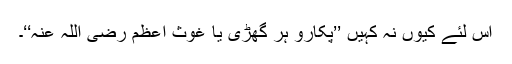
اس لئے کیوں نہ کہیں ’’پکارو ہر گھڑی یا غوثِ اعظم رضی اللہ عنہ‘‘۔